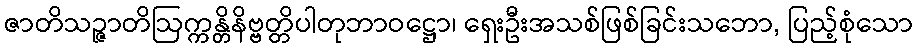
ဇာတိသဉ္ဇာတိဩက္ကန္တိနိဗ္ဗတ္တိပါတုဘာဝဋ္ဌော၊ ရှေးဦးအသစ်ဖြစ်ခြင်းသဘော, ပြည့်စုံသော